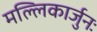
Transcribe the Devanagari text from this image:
मल्लिकार्जुनः